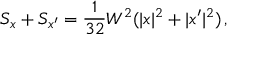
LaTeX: S _ { x } + S _ { x ^ { \prime } } = \frac { 1 } { 3 2 } W ^ { 2 } ( | x | ^ { 2 } + | x ^ { \prime } | ^ { 2 } ) \, ,